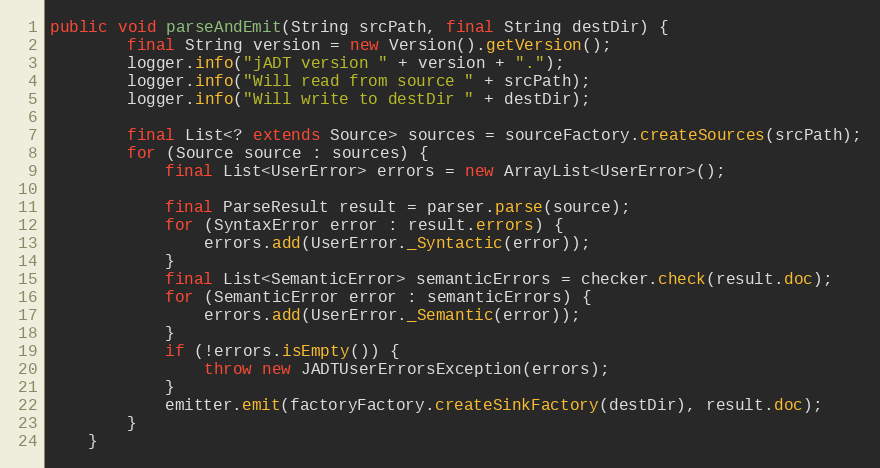
Language: Java
public void parseAndEmit(String srcPath, final String destDir) {
    	final String version = new Version().getVersion();
    	logger.info("jADT version " + version + ".");
    	logger.info("Will read from source " + srcPath);
    	logger.info("Will write to destDir " + destDir);

        final List<? extends Source> sources = sourceFactory.createSources(srcPath);
        for (Source source : sources) {
            final List<UserError> errors = new ArrayList<UserError>();

            final ParseResult result = parser.parse(source);
            for (SyntaxError error : result.errors) {
                errors.add(UserError._Syntactic(error));
            }
            final List<SemanticError> semanticErrors = checker.check(result.doc);
            for (SemanticError error : semanticErrors) {
                errors.add(UserError._Semantic(error));
            }
            if (!errors.isEmpty()) {
                throw new JADTUserErrorsException(errors);
            }
            emitter.emit(factoryFactory.createSinkFactory(destDir), result.doc);
        }
    }